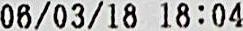
06/03/18 18:04